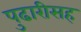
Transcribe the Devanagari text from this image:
पुढारीसह